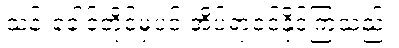
သန်းခေါင်တိုင်မှပင် အိပ်ရာဝင်နိုင်ကြသည်။